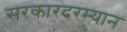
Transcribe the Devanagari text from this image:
सरकारदरम्यान